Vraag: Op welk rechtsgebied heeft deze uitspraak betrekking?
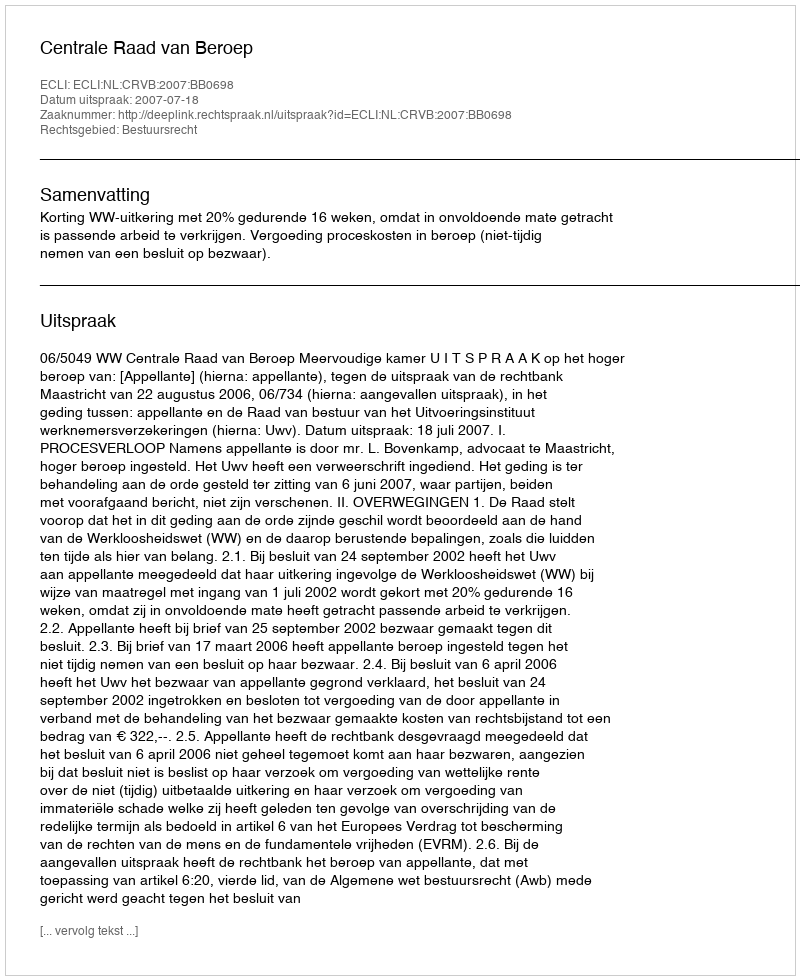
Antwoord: Bestuursrecht